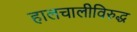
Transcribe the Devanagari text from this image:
हालचालीविरुद्ध